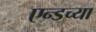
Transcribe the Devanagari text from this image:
एन्डच्या